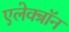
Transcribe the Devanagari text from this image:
एलेक्त्रॉन